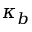
\kappa _ { b }